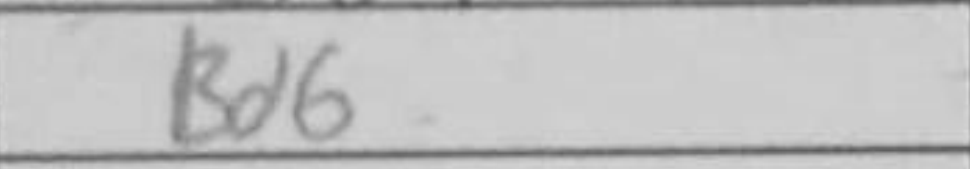
Transcription: Bd6